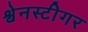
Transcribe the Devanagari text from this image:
श्वेनस्टीगर